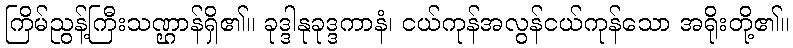
ကြိမ်ညွန့်ကြီးသဏ္ဌာန်ရှိ၏။ ခုဒ္ဒါနုခုဒ္ဒကာနံ၊ ငယ်ကုန်အလွန်ငယ်ကုန်သော အရိုးတို့၏။